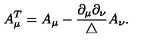
A _ { \mu } ^ { T } = A _ { \mu } - \frac { \partial _ { \mu } \partial _ { \nu } } { \triangle } A _ { \nu } .